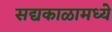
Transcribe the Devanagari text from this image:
सद्यकाळामध्ये